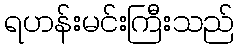
ရဟန်းမင်းကြီးသည်